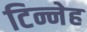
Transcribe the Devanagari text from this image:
टिन्नेह